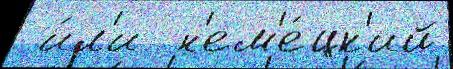
 и́л'и  н'ем'е́цк'ий